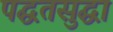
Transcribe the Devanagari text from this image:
पद्घतसुद्घा